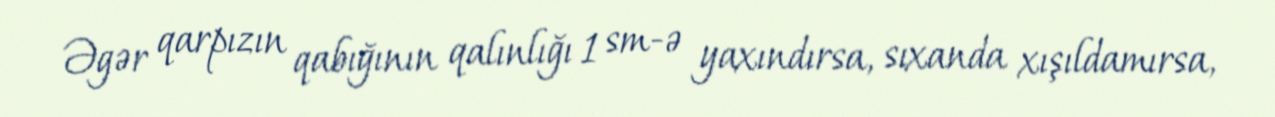
Əgər qarpızın qabığının qalınlığı 1 sm-ə yaxındırsa, sıxanda xışıldamırsa,